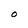
Character: O